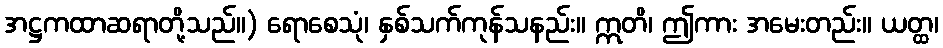
အဋ္ဌကထာဆရာတို့သည်။) ရောစေသုံ၊ နှစ်သက်ကုန်သနည်း။ ဣတိ၊ ဤကား အမေးတည်း။ ယတ္ထ၊